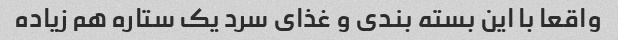
واقعا با این بسته بندی و غذای سرد یک ستاره هم زیاده